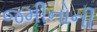
જમીનોની